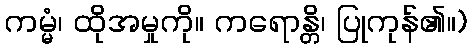
ကမ္မံ၊ ထိုအမှုကို။ ကရောန္တိ၊ ပြုကုန်၏။)